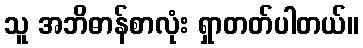
သူ အဘိဓာန်စာလုံး ရှာတတ်ပါတယ်။